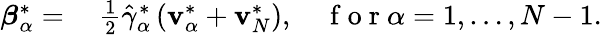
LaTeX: \begin{array}{rl}{\boldsymbol{\beta}_{\alpha}^{*}=}&{{}~\frac{1}{2}\hat{\gamma}_{\alpha}^{*}\left(\mathbf{v}_{\alpha}^{*}+\mathbf{v}_{N}^{*}\right),\quad\mathrm{~f~o~r~}\alpha=1,\dots,N-1.}\end{array}